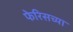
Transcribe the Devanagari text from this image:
फेरिसच्या